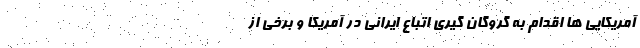
آمریکایی ها اقدام به گروگان گیری اتباع ایرانی در آمریکا و برخی از